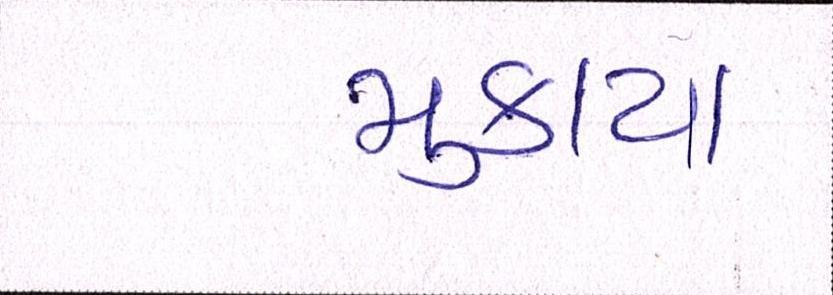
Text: મુકાયા